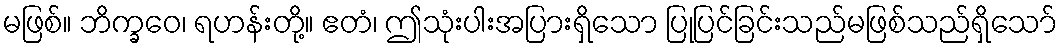
မဖြစ်။ ဘိက္ခဝေ၊ ရဟန်းတို့။ ဧတံ၊ ဤသုံးပါးအပြားရှိသော ပြုပြင်ခြင်းသည်မဖြစ်သည်ရှိသော်